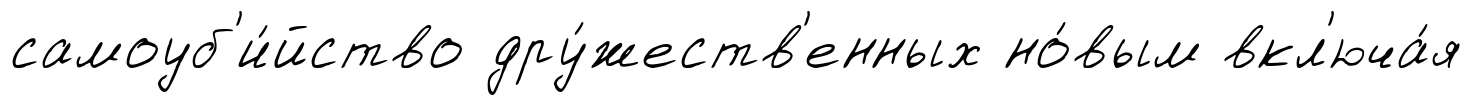
самоуб'и́йство дру́жеств'енных но́вым вкл'юча́я